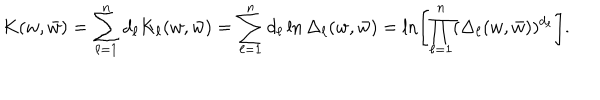
K ( w , \bar { w } ) = \sum _ { \ell = 1 } ^ { n } d _ { \ell } K _ { \ell } ( w , \bar { w } ) = \sum _ { \ell = 1 } ^ { n } d _ { \ell } \ln \Delta _ { \ell } ( w , \bar { w } ) = \ln \left[ \prod _ { \ell = 1 } ^ { n } ( \Delta _ { \ell } ( w , \bar { w } ) ) ^ { d _ { \ell } } \right] .